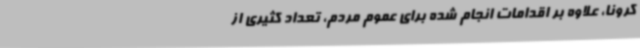
کرونا، علاوه بر اقدامات انجام شده برای عموم مردم، تعداد کثیری از